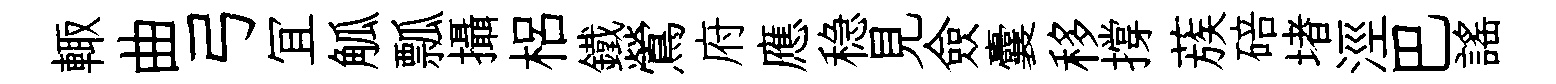
輙曲弓冝觚瓢攝梠鐵鶯府應稳見僉囊移撐蔟碚堵涇巴謡